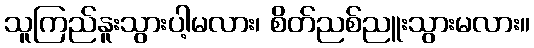
သူကြည်နူးသွားပါ့မလား၊ စိတ်ညစ်ညူးသွားမလား။